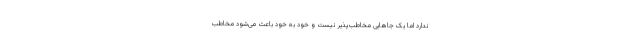
ندارد اما یک جاهایی مخاطب‌پذیر نیست و خود به خود باعث می‌شود مخاطب